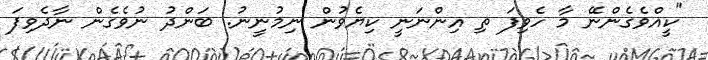
"ކީއްވެގެންނޭ މާ ހެވިފަ ތި އިންނަނީ ކިޔެވުން ނިމުނީނު. ބަންދު ނުވެގެން ނާދެވިފަ